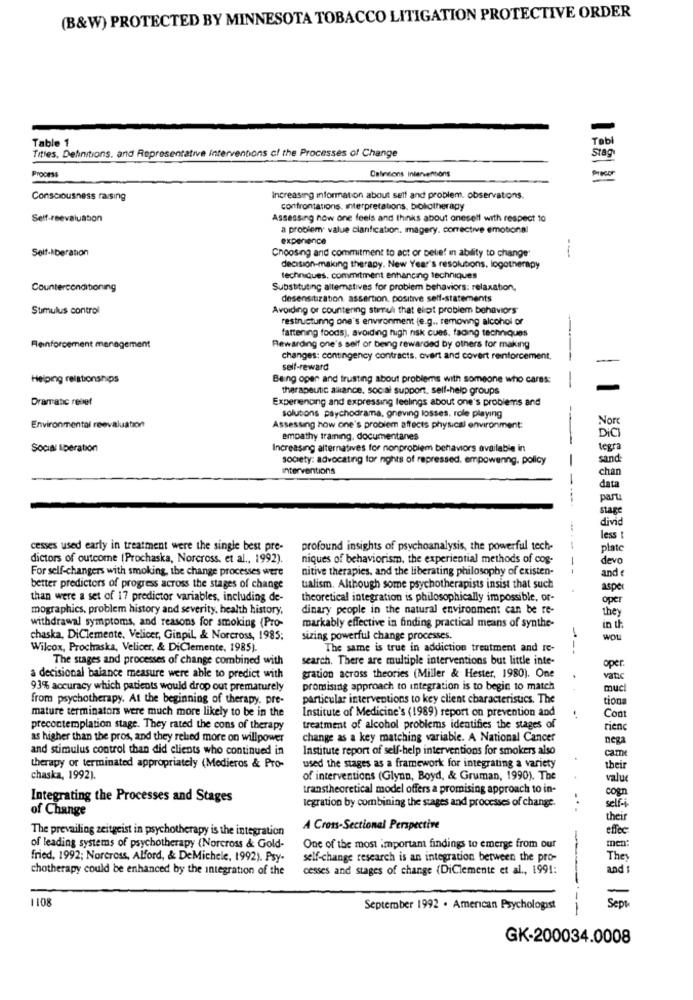
(B&W) PROTECTED BY MINNESOTA TOBACCO LITIGATION PROTECTIVE ORDER
Table 1
Tobl
Stag
Titles, Definitions, and Representative Interventions cl the Processes of Change
Defineons Interventions
Process
Consciousness raising
Increasing information about self and problem. observations.
confrontations. interpretations. bibliotherapy
Self-reevaluation
Assessing how one feels and thinks about oneself with respect 10
a problem: value clarification. magery. corrective emotional
experience
Self-Aberation
Choosing and commitment to act or belle! in ability to change"
---
decision-making therapy. New Year's resolutions, logotherapy
techniques. commitment enhancing techniques
Counterconditioning
Substituting alternatives for problem behaviors: relaxation,
desensitization assertion, positive self-statements
Stimulus control
Avoiding or countering stimul that ellipt problem behaviors
restructunng one's environment (e.g ., removing alcohol or
fattening foods), avoiding high risk cues, fading techniques
Reinforcement management
Rewarding one's self or being rewarded by others for making
changes: contingency contracts. overt and covert reinforcement.
self-reward
Helping relationships
Being open and trusting about problems with someone who cares:
therapeutic alliance, social support, self-help groups
Dramatic relief
Experiencing and expressing feelings about one's problems and
solutions psychodrama, oneving losses. role playing
Nore
Environmental reevaluation
Assessing how one's problem affects physical environment:
DiCI
empathy traming, documentanes
-
Social liperation
Increasing alternatives for nonproblem behaviors available in
tegra
society: advocating for nights of repressed, empowunng. policy
-
sand:
Interventions
chan
-
data
----
part
stage
divid
less
cesses used early in treatment were the single best pre-
profound insights of psychoanalysis, the powerful tech-
plate
dictors of outcome (Prochaska, Norcross, et al ., 1992).
niques of behaviorism, the experiential methods of cog-
devo
For self-changers with smoking, the change processes were
nitive therapies, and the liberating philosophy of existen-
-
and €
better predictors of progress across the stages of change
tialism. Although some psychotherapists insist that such
aspe
than were a set of 17 predictor variables, including de-
theoretical integration is philosophically impossible, or-
oper
mographics, problem history and severity, health history,
dinary people in the natural environment can be re-
they
withdrawal symptoms, and reasons for smoking (Pro-
markably effective in finding practical means of synthe-
in th
chaska, DiClemente, Velicer, Ginpil, & Norcross, 1985:
sizing powerful change processes.
woul
Wilcox, Prochaska, Velicer, & DiClemente, 1985).
The same is true in addiction treatment and re-
---
The stages and processes of change combined with
search. There are multiple interventions but little inte-
gration across theories (Miller & Hester, 1980). One
oper
a decisional balance measure were able to predict with
vatic
93% accuracy which patients would drop out prematurely
promising approach to integration is to begin to match
muc
from psychotherapy. At the beginning of therapy, pre-
particular interventions to key client characteristics. The
tion
mature terminators were much more likely to be in the
Institute of Medicine's (1989) report on prevention and
Con
precontemplation stage. They rated the cons of therapy
treatment of alcohol problems identifies the stages of
rien
as higher than the pros, and they relied more on willpower
change as a key matching variable. A National Cancer
nega
and stimulus control than did clients who continued in
Institute report of self-help interventions for smokers also
cam
therapy or terminated appropriately (Medieros & Pro-
used the stages as a framework for integrating a variety
thei
chaska, 1992).
of interventions (Glynn, Boyd, & Gruman, 1990). The
value
transtheoretical model offers a promising approach to in-
cogn
Integrating the Processes and Stages
legration by combining the stages and processes of change.
of Change
self-
thei
The prevailing zeitgeist in psychotherapy is the integration
A Cross-Sectional Perspective
effec
of leading systems of psychotherapy (Norcross & Gold-
One of the most important findings to emerge from our
men:
fried, 1992; Norcross, Alford, & DeMichele, 1992). Psy-
self-change research is an integration between the pro-
They
chotherapy could be enhanced by the integration of the
cesses and stages of change (DiClemente et al ., 1991:
and :
1108
September 1992 . American Psychologist
---
GK-200034.0008